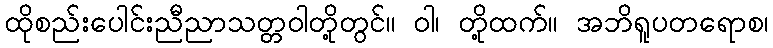
ထိုစည်းပေါင်းညီညာသတ္တဝါတို့တွင်။ ဝါ၊ တို့ထက်။ အဘိရူပတရောစ၊